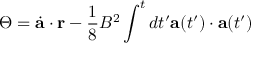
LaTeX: \Theta = \dot { \bf a } \cdot { \bf r } - { \frac { 1 } { 8 } } B ^ { 2 } \int ^ { t } d t ^ { \prime } { \bf a } ( t ^ { \prime } ) \cdot { \bf a } ( t ^ { \prime } )